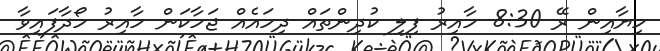
ހިޔާއިން ރޭ 8:30 ހާއިރު ފިލި ކުދިންތައް ދިހައެއް ޖަހާކަން ހާއިރު ހޯދާފައިވާ